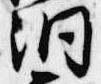
洞